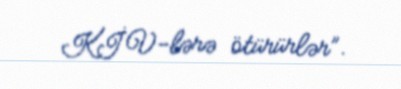
KİV-lərə ötürürlər”.